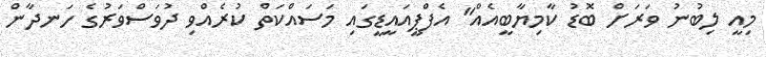
މިއީ ލިބުނު ވަރަށް ބޮޑު ކާމިޔާބީއެއް" އެފްޕީއައީޑީގައި މަސައްކަތް ކުރެއްވި ދުވަސްވަރުގެ ހަނދާން